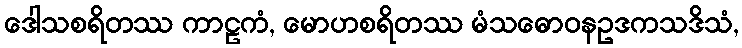
ဒေါသစရိတဿ ကာဠကံ, မောဟစရိတဿ မံသဓောဝနဥဒကသဒိသံ,